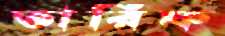
তারিফ